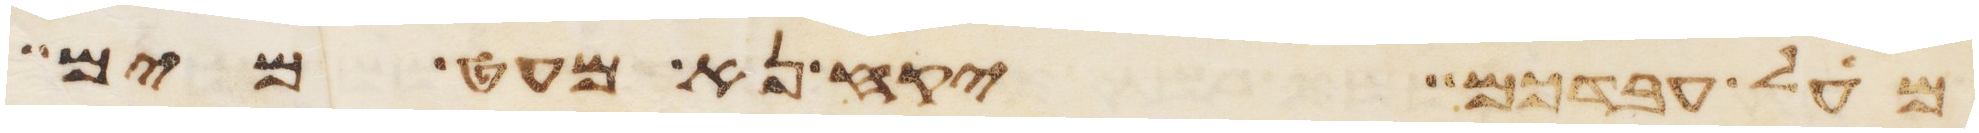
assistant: מעל עבדכם יקח נא מעט מים